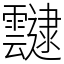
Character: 靆